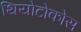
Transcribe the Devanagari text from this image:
थियोटोकोस